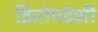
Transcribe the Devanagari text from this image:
हितोपदेशी